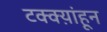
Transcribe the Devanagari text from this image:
टक्क्य़ांहून